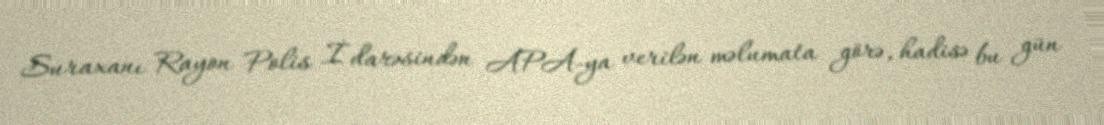
Suraxanı Rayon Polis İdarəsindən APA-ya verilən məlumata görə, hadisə bu gün